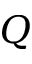
Q